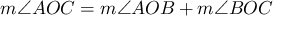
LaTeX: m \angle A O C = m \angle A O B + m \angle B O C